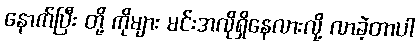
နောက်ပြီး တို့ ကိုများ မင်းအလိုရှိနေလားလို့ လာခဲ့တာပါ